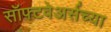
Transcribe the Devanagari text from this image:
सॉफ्टवेअर्सच्या